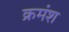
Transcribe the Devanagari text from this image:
क्रमंश